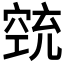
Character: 𱷋